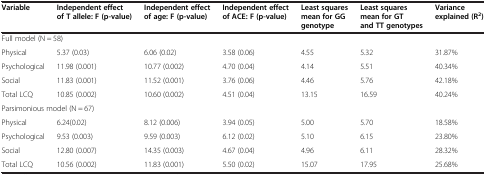
<table><thead><tr><td><b>Variable</b></td><td><b>Independent effect of T allele: F (p-value)</b></td><td><b>Independent effect of age: F (p-value)</b></td><td><b>Independent effect of ACE: F (p-value)</b></td><td><b>Least squares mean for GG genotype</b></td><td><b>Least squares mean for GT and TT genotypes</b></td><td><b>Variance explained (R<sup>2</sup>)</b></td></tr></thead><tbody><tr><td colspan="7">Full model (N = 58)</td></tr><tr><td>Physical</td><td>5.37 (0.03)</td><td>6.06 (0.02)</td><td>3.58 (0.06)</td><td>4.55</td><td>5.32</td><td>31.87%</td></tr><tr><td>Psychological</td><td>11.98 (0.001)</td><td>10.77 (0.002)</td><td>4.70 (0.04)</td><td>4.14</td><td>5.51</td><td>40.34%</td></tr><tr><td>Social</td><td>11.83 (0.001)</td><td>11.52 (0.001)</td><td>3.76 (0.06)</td><td>4.46</td><td>5.76</td><td>42.18%</td></tr><tr><td>Total LCQ</td><td>10.85 (0.002)</td><td>10.60 (0.002)</td><td>4.51 (0.04)</td><td>13.15</td><td>16.59</td><td>40.24%</td></tr><tr><td colspan="7">Parsimonious model (N = 67)</td></tr><tr><td>Physical</td><td>6.24(0.02)</td><td>8.12 (0.006)</td><td>3.94 (0.05)</td><td>5.00</td><td>5.70</td><td>18.58%</td></tr><tr><td>Psychological</td><td>9.53 (0.003)</td><td>9.59 (0.003)</td><td>6.12 (0.02)</td><td>5.10</td><td>6.15</td><td>23.80%</td></tr><tr><td>Social</td><td>12.80 (0.007)</td><td>14.35 (0.003)</td><td>4.67 (0.04)</td><td>4.96</td><td>6.11</td><td>28.32%</td></tr><tr><td>Total LCQ</td><td>10.56 (0.002)</td><td>11.83 (0.001)</td><td>5.50 (0.02)</td><td>15.07</td><td>17.95</td><td>25.68%</td></tr></tbody></table>